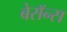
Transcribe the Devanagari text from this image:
बेरॉन्स